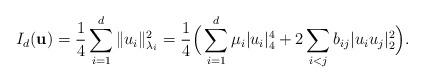
LaTeX: \begin{align*}I_d(\mathbf{u}) =\frac 14\sum_{i=1}^d \|u_i\|^2_{\lambda_i} =\frac 14\Big( \sum_{i=1}^d \mu_i|u_i|_{4}^{4}+2\sum_{i<j}b_{ij}|u_iu_j|_2^2 \Big).\end{align*}